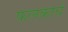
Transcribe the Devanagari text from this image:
फलकाचे